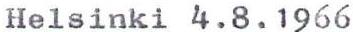
Helsinki 4.8.1966